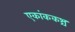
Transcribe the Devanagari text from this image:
एकांककश्च